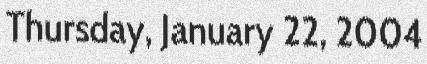
Thursday, January 22, 2004